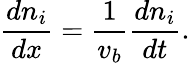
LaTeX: \frac{dn_{i}}{dx}=\frac{1}{v_{b}}\frac{dn_{i}}{dt}.